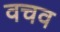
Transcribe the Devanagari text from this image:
वचव